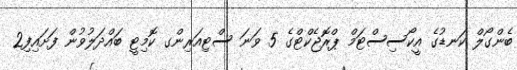
ބެންގޯލް ކަނޑުގެ އީކޯސިސްޓަމް ޕްރޮޖެކްޓްގެ 5 ވަނަ ސްޓިއަރިންގ ކޮމިޓީ ބައްދަލުވުން ފަށައިފި2